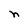
Character: n